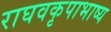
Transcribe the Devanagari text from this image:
राघवकृपाभाष्य